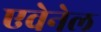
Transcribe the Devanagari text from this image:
एवेनेल